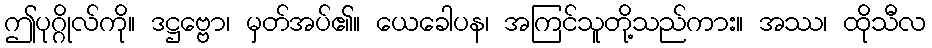
ဤပုဂ္ဂိုလ်ကို။ ဒဋ္ဌဗ္ဗော၊ မှတ်အပ်၏။ ယေခေါပန၊ အကြင်သူတို့သည်ကား။ အဿ၊ ထိုသီလ